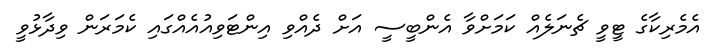
އެމެރިކާގެ ޓީވީ ޗެނަލެއް ކަމަށްވާ އެންބީސީ އަށް ދެއްވި އިންޓަވިއުއެއްގައި ކެމަރަން ވިދާޅުވީ